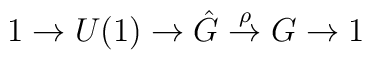
1 \to U(1) \to \hat{G} \stackrel{\rho}{\to} G \to 1